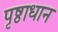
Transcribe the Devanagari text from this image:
पृष्ठाधान